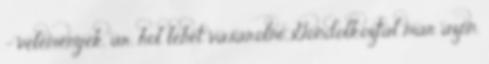
– vélemények, ár, hol lehet vásárolni Gondolkoztál már azon,